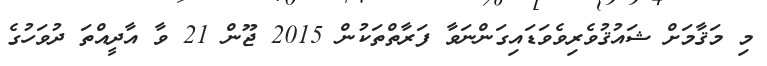
މި މަޤާމަށް ޝައުޤުވެރިވެވަޑައިގަންނަވާ ފަރާތްތަކުން 2015 ޖޫން 21 ވާ އާދީއްތަ ދުވަހުގެ